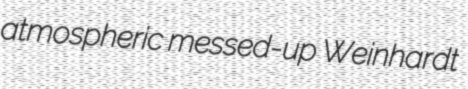
atmospheric messed-up Weinhardt